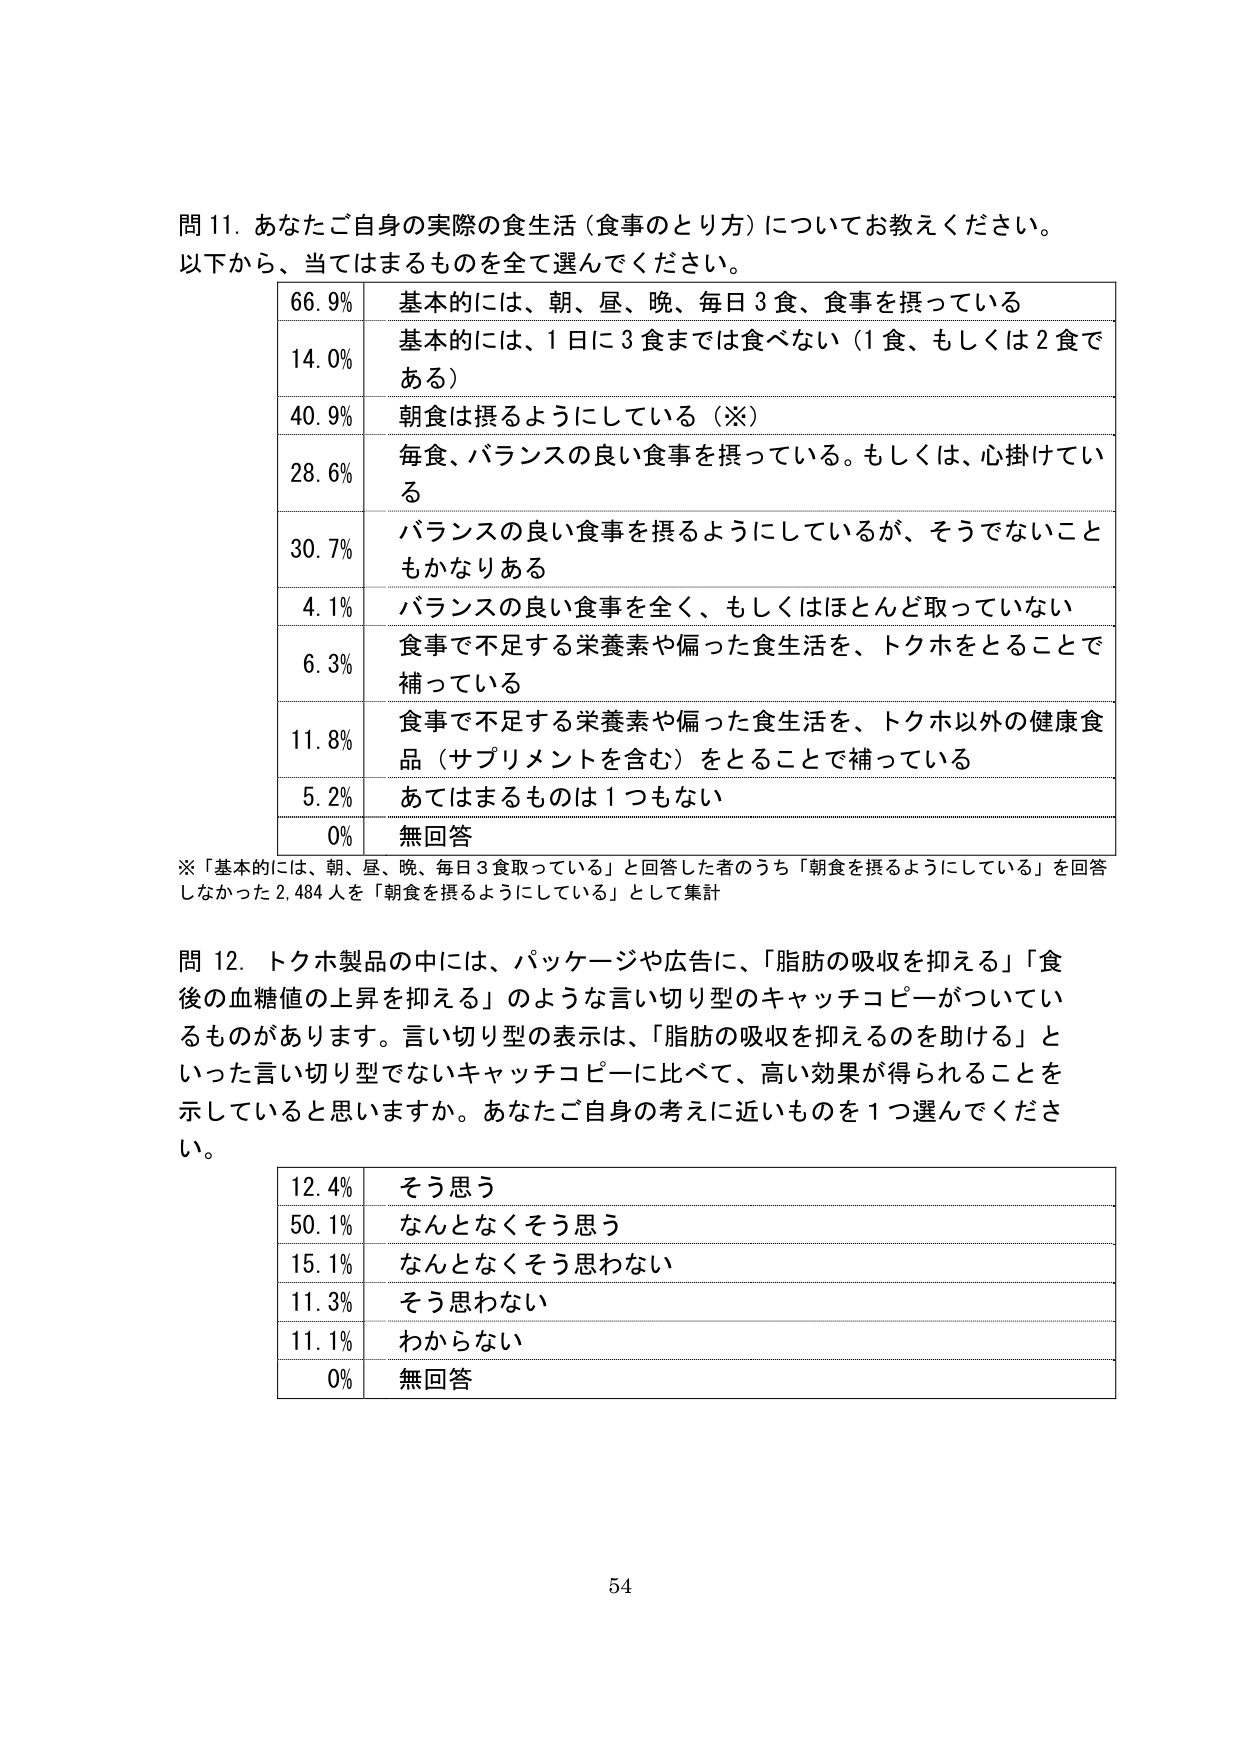
問 11. あなたご自身の実際の食生活（食事のとり方）についてお教えください。
以下から、当てはまるものを全て選んでください。

66.9% 基本的には、朝、昼、晩、毎日3食、食事を摂っている
14.0% 基本的には、1日に3食までは食べない（1食、もしくは2食である）
40.9% 朝食は摂るようにしている（※）
28.6% 毎食、バランスの良い食事を摂っている。もしくは、心掛けてい る
30.7% バランスの良い食事を摂るようにしているが、そうでないこともかなりある
4.1% バランスの良い食事を全く、もしくはほとんど取っていない
6.3% 食事で不足する栄養素や偏った食生活を、トクホをとることで補っている
11.8% 食事で不足する栄養素や偏った食生活を、トクホ以外の健康食品（サプリメントを含む）をとることで補っている
5.2% あてはまるものは1つもない
0% 無回答

※「基本的には、朝、昼、晩、毎日3食取っている」と回答した者のうち「朝食を摂るようにしている」を回答しなかった2,484人を「朝食を摂るようにしている」として集計

問 12. トクホ製品の中には、パッケージや広告に、「脂肪の吸収を抑える」「食後の血糖値の上昇を抑える」のような言い切り型のキャッチコピーがついているものがあります。言い切り型の表示は、「脂肪の吸収を抑えるのを助ける」といった言い切り型でないキャッチコピーに比べて、高い効果が得られることを示していると思いますか。あなたご自身の考えに近いものを1つ選んでください。

12.4% そう思う
50.1% なんとなくそう思う
15.1% なんとなくそう思わない
11.3% そう思わない
11.1% わからない
0% 無回答

54